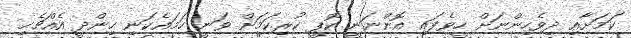
ކަމަށާއި ދިވެހިންނަށް ހީވެފައި އޮންނަނީ ކޮޕީ ކުރިކަމަށް ވަނީ ހަމައެކަނި ހިންދީ އެއްޗެހި